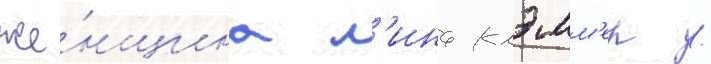
же́нщина л'ина клэмм'ер /